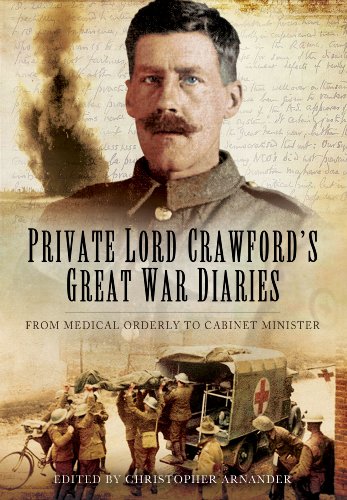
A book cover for Private Lord Crawford's Great War Diaries: From Medical Orderly to Cabinet Minister; Christopher Arnander; Literature & Fiction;